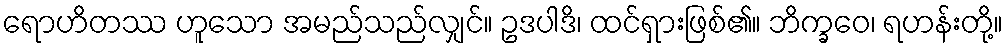
ရောဟိတဿ ဟူသော အမည်သည်လျှင်။ ဥဒပါဒိ၊ ထင်ရှားဖြစ်၏။ ဘိက္ခဝေ၊ ရဟန်းတို့။